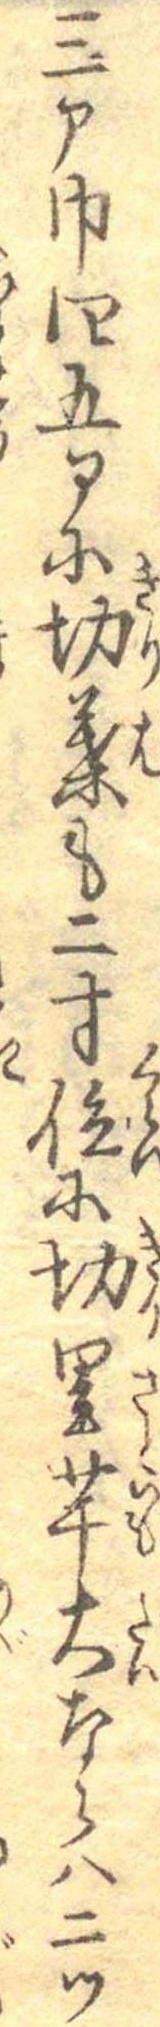
三部巾四五部に切葉も二寸位に切里芋大ならは二ツ